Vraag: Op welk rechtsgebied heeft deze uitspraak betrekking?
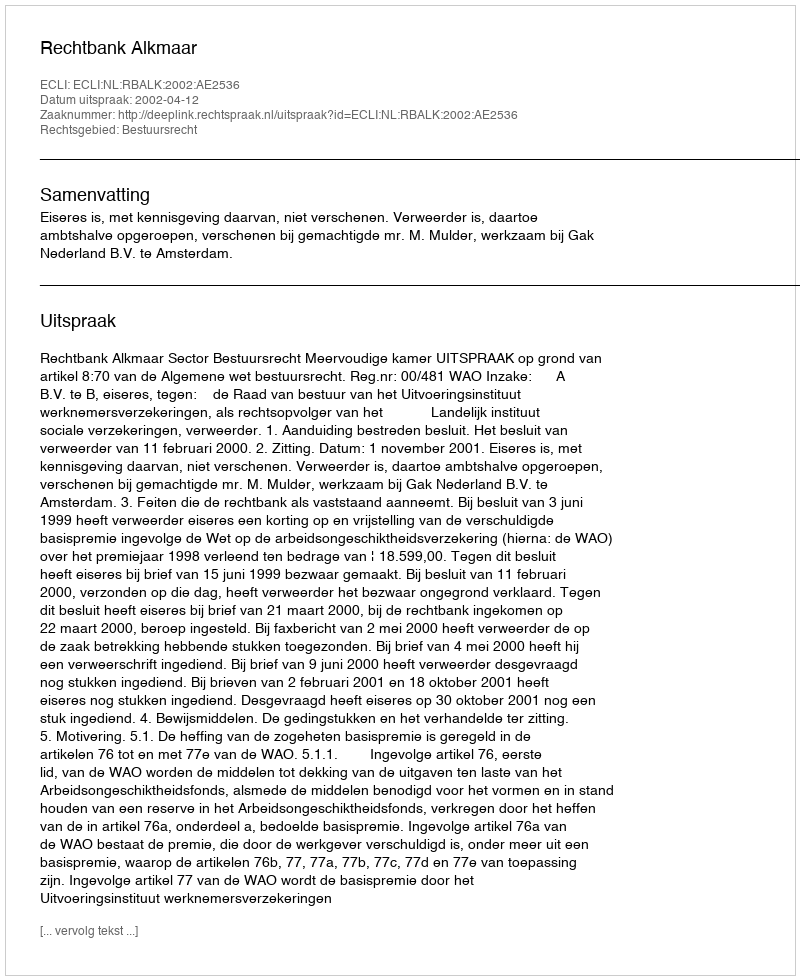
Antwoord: Bestuursrecht